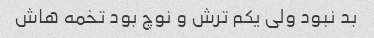
بد نبود ولی یکم ترش و نوچ بود تخمه هاش